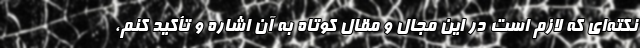
نکته‌ای که لازم است در این مجال و مقال کوتاه به آن اشاره و تأکید کنم،